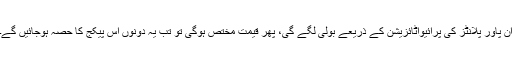
ان پاور پلانٹز کی پرائیواٹائزیشن کے ذریعے بولی لگے گی، پھر قیمت مختص ہوگی تو تب یہ دونوں اس پیکج کا حصہ ہوجائیں گے۔